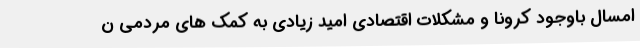
امسال باوجود کرونا و مشکلات اقتصادی امید زیادی به کمک های مردمی ن